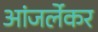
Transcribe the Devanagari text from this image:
आंजर्लेकर